Lunatic asylums Punjab 1895-1910 - 1895-1910
Year: 1895
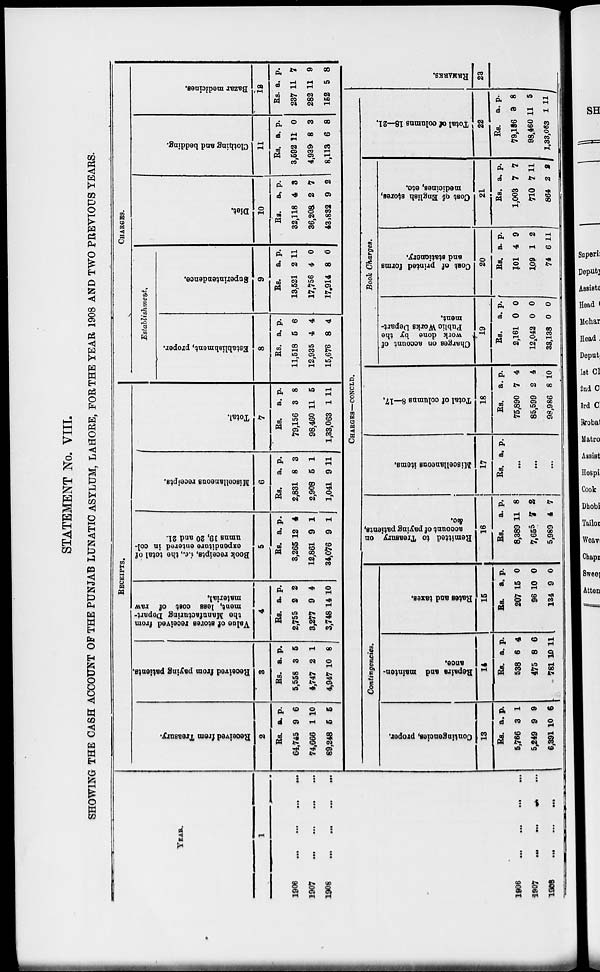
STATEMENT No. VIII.
SHOWING THE CASH ACCOUNT OF THE PUNJAB LUNATIC ASYLUM, LAHORE, FOR THE YEAR 1908 AND TWO PREVIOUS YEARS.
YEAR.
1
1906
...
...
...
...
1907
...
...
...
...
1908
...
...
...
...
RECEIPTS.
Received
from Treasury.
2
Rs.
64,745
74,666
89,248
a.
9
1
5
p.
6
10
5
Received from paying patients.
3
Rs.
5,558
4,747
4,947
a.
3
2
10
p.
5
1
8
Value of stores received from
the Manufacturing Depart-
ment, less
cost of raw
material.
4
Rs.
2,755
3,277
3,748
a.
2
9
14
p.
2
4
10
Book receipts, i.e., the total of
expenditure entered in col-
umns 19, 20 and 21.
5
Rs.
3,265
12,861
34,076
a.
12
9
9
p.
4
1
1
Miscellaneous receipts.
6
Rs.
2,831
2,908
1,041
a.
8
5
9
p.
3
1
11
Total.
7
Rs.
79,156
98,460
1,33,063
a.
3
11
1
p.
8
5
11
CHARGES.
Establishment.
Establishment, proper.
8
Rs.
11,518
12,935
15,676
a.
5
4
8
p.
6
4
4
Suprintendence.
9
Rs.
13,521
17,756
17,914
a.
2
4
8
p.
11
0
0
Diet.
10
Rs.
32,118
36,208
43,832
a.
4
2
9
p.
3
7
2
Clothing and bedding.
11
Rs.
3,592
4,939
8,113
a.
11
8
6
p.
0
3
8
Bazar medicines.
12
Rs.
237
282
152
a.
11
11
5
p.
7
9
8
1906
...
...
...
...
1907
...
...
...
...
1908
...
...
...
...
CHARGES—CONCLD.
Contingencies.
Contingencies, proper.
13
Rs.
5,766
5,249
6,391
a.
3
9
10
p.
1
9
6
Repairs and mainten-
ance.
14
Rs.
538
475
781
a.
6
8
10
p.
4
6
11
Rates
and taxes.
15
Rs.
207
96
134
a.
15
10
9
p.
0
0
0
Remitted
to Treasury on
account
of paying patients,
&c.
16
Rs.
8,389
7,655
5,989
a.
11
7
4
p.
8
2
7
Miscellaneous items.
17
Rs. a. p.
...
...
...
Total of columns 8—17.
18
Rs.
75,890
85,599
98,986
a.
7
2
8
p.
4
4
10
Booh Charges,
Charges on account of
work done by the
Public Works Depart-
ment.
19
Rs.
2,161
12,042
38,138
a.
0
0
0
p.
0
0
0
Cost of printed forms
and stationery.
20
Rs.
101
109
74
a.
4
1
6
p.
9
2
11
Cost of English stores,
medicines, etc.
21
Rs.
1,003
710
864
a.
7
7
2
p.
7
11
2
Total of columns 18—21.
22
Rs.
79,156
98,460
1,33,063
a.
3
11
1
p.
8
5
11
REMARKS.
23